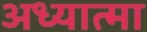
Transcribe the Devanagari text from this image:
अध्यात्मा